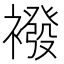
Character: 襏